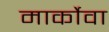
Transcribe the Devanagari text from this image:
मार्कोवा